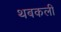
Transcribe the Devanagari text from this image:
थबकली